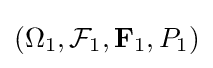
(\Omega _{1},{\mathcal {F}}_{1},\mathbf {F} _{1},P_{1})